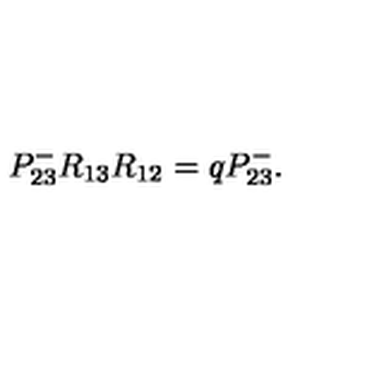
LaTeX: P _ { 2 3 } ^ { - } R _ { 1 3 } R _ { 1 2 } = q P _ { 2 3 } ^ { - } .